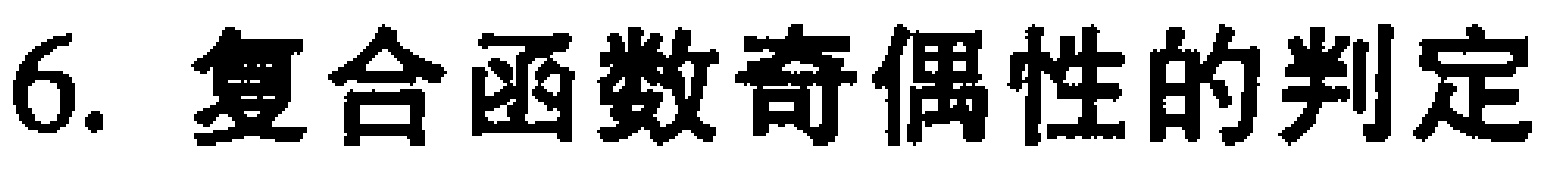
6. 复合函数奇偶性的判定